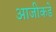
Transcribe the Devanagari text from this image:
आजीकडे